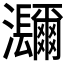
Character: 𤅤